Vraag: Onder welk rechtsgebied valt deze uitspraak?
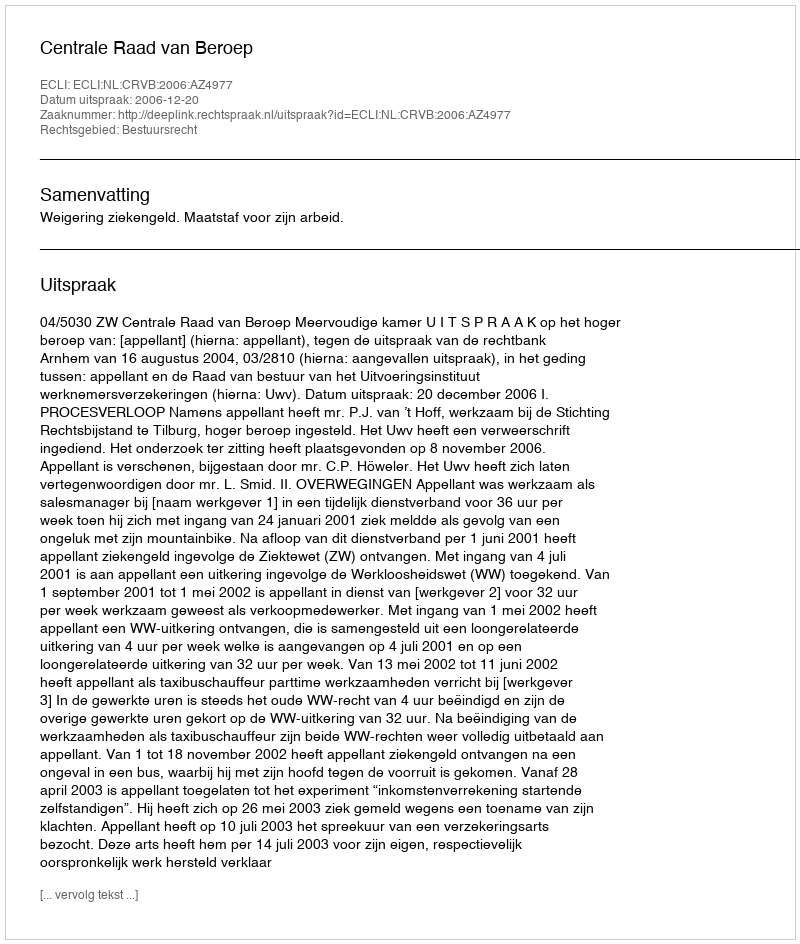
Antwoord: Bestuursrecht